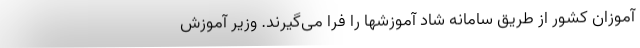
آموزان کشور از طریق سامانه شاد آموزشها را فرا می‌گیرند. وزیر آموزش